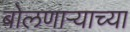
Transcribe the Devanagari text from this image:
बोलणाऱ्याच्या